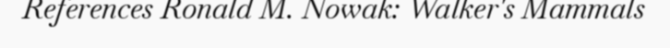
References Ronald M. Nowak: Walker's Mammals